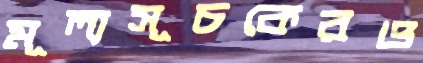
মূল্যসূচকেরও